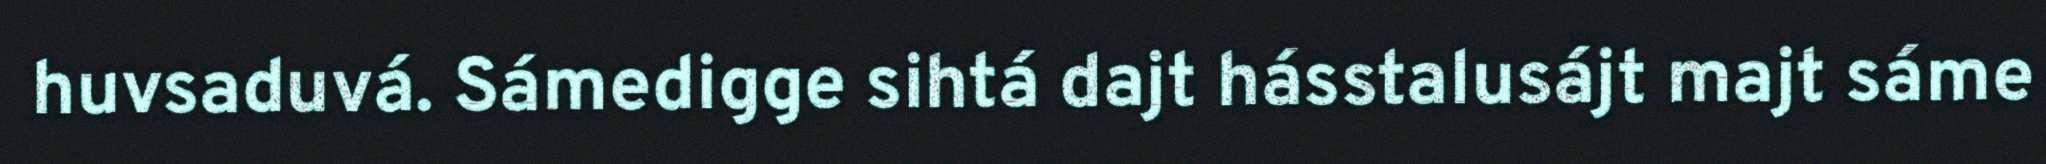
huvsaduvá. Sámedigge sihtá dajt hásstalusájt majt sáme